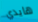
هايدي